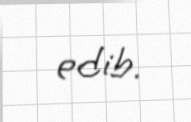
edib.